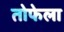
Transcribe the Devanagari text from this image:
तोफेला